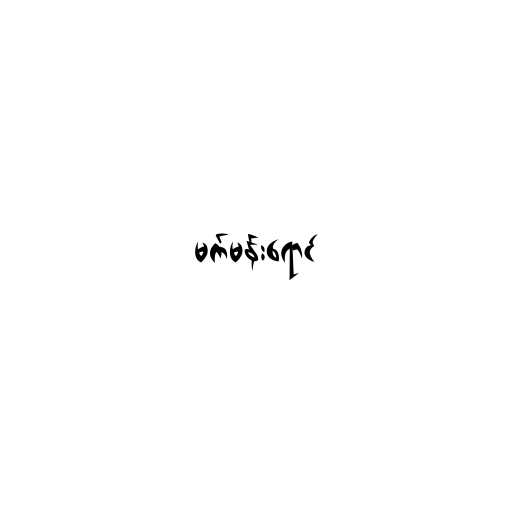
မက်မန်းရောင်